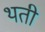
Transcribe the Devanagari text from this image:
थती